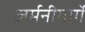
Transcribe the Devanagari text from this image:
जर्मनीमार्गे